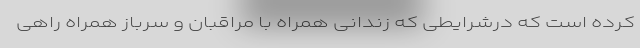
کرده است که درشرایطی که زندانی همراه با مراقبان و سرباز همراه راهی